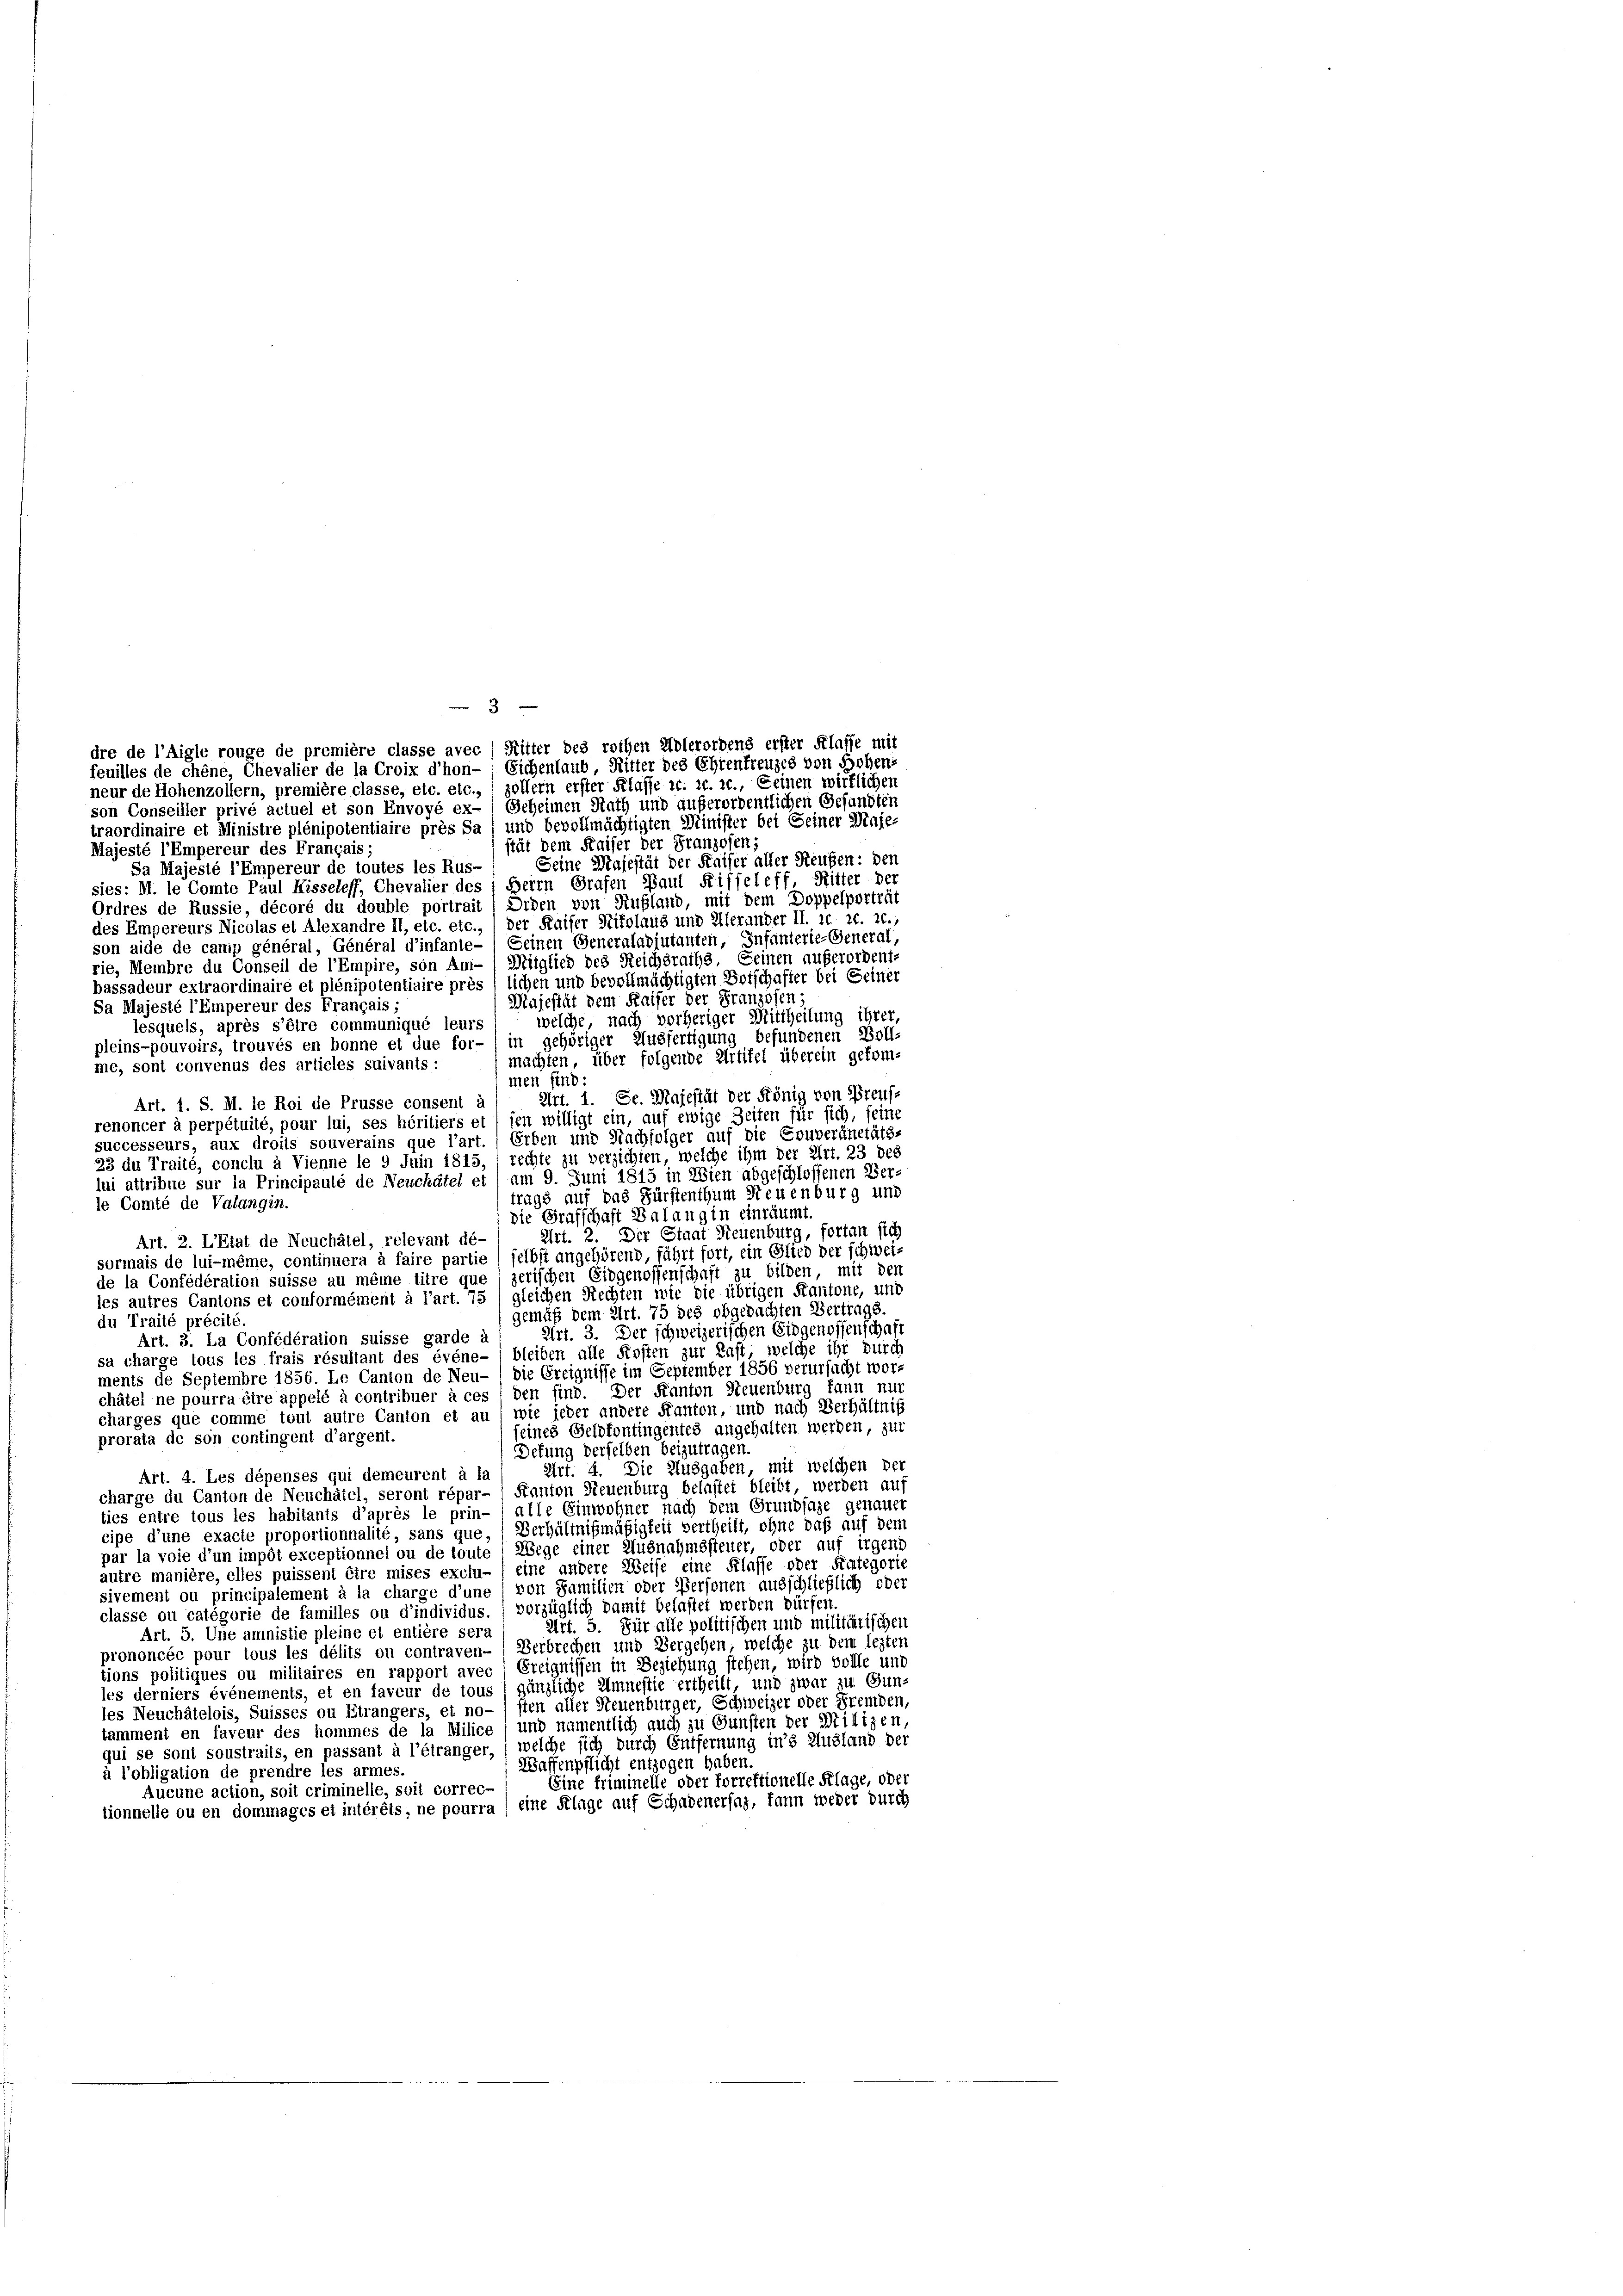
son Conseiller privé actuel et son Envoyé ex- / Geheimen Rath und außerordentlichen Gesundten
traordinaire et Ministre plénipotentiaire près Sa) und bevollmächtigten Minister bei Seiner Maje
stät dem Kaiser der Franzosen;
Majesté l’Empereur des Français
Seine Majestät der Kaiser aller Reugen: den
Sa Majesté l’Empereur de toutes les Rus-
sies: M. le Comte Paul Hisseleff, Chevalier des 1 Herrn Grafen Paul Riffeleff, Ritter der
Ordres de Russie, décoré du double portrait) Orden von Rußland, mit dem Doppelporträt
des Empereurs Nicolas et Alexandre II, etc. etc.,) der Kaiser Stifolaus und Allerander II. 20 rt. 2.,
son aide de canip général, Général d’infante- Seinen Generaladjutanten, Infanterie-General-
rie, Membre du Conseil de l’Empire, son Am- (Mitglied des Reichsraths. Seinen außerordent.
bassadeur extraordinaire et plénipotentiaire près lichen und bevollmächtigten Botschafter bei Seiner
Majestät dem Kaiser der Franzosen,
Sa Majesté l’Empereur des Français;
welche, nach vorheriger Mittheilung ihrer,
lesquels, après s’être communiqué leurs
pleins-pouvoirs, trouvés en bonne et due for- ) in gehöriger Ausfertigung befundenen Voll-
machten, über folgende Artikel überein gekom-
me, sont convenus des articles suivants:
men sind:
Art. 1. Se. Majestät der König von Preuss
Art. 1. S. M. le Roi de Prüsse consent à
renoncer à perpétuité, pour lui, ses héritiers et sen willigt ein, auf ewige Zeiten für sich, seine
successeurs, aux droits souverains que l’art. Erben und Nachfolger auf die Couveränetäts-
23 du Traité, conclu à Vienne le 9 Juin 1815, rechte zu verzichten, welche ihm der Art. 23 des
lui attribue sur la Principauté de Neuchâtel et / am 9. Juni 1815 in Wien abgeschlossenen Ver-
trags auf das Fürstenthum Neuenburg und
le Comté de Valangin.
die Grafschaft Balang in einräumt.
Art. 2. Der Staat Neuenburg, fortan sich
Art. 2. L’Etat de Neuchâtel, relevant dé-
sormais de lui-même, continuera à faire partie selbst angehörend, führt fort, ein Glied der schwei-
de la Confédération suisse au même titre que ) zerischen Eidgenossenschaft zu bilden, mit den
les autres Cantons et conformément à l’art. 75 ; gleichen Rechten wie die übrigen Kantone, und
gemäß dem Art. 75 des obgedachten Vertrags.
du Traité précité.
Art. 3. Der schweizerischen Eidgenossenschaft
Art. 3. La Confédération suisse garde a
sa charge tous les frais résultant des événe- (bleiben alle Kosten zur Last, welche ihr durch
ments de Septembre 1856. Le Canton de Neu- ) die Greignisse im September 1856 verursacht worchâtel ne pourra éire appelé à contribuer à ces den sind. Der Kanton Steuenburg kann nur
charges que comme tout autre Canton et au / wie jeder andere Kanton, und nach Verhältniß
seines Geldfontingentes angehalten werden, zur
prorata de son contingent d’argent.
Defung derselben beizutragen.
Art. 4. Die Ausgaben, mit welchen der
Art. 4. Les dépenses qui demeurent à la
charge du Canton de Neuchâtel, seront répar- / Kanton Neuenburg belastet bleibt, werden auf
ties entre tous les habitants d’après le prin-  alle Einwohner nach dem Grundsaze genauer
cipe d’une exacte proportionnalité, sans que, (Verhältnißmäßigkeit vertheilt, ohne das auf dem
par la voie d’un impôt exceptionnel ou de toute : Wege einer Ausnahmssteuer, oder auf irgend
autre manière, elles puissent être mises exclu- / eine andere Weise eine Klasse oder Kategorie
sivement ou principalement à la charge d’une / von Familien oder Personen ausschließlich oder
classe ou categorie de familles ou d’individus. ( vorzüglich damit belastet werden dürfen
Art. 5. Für alle politischen und militätischen
Art. 5. Une amnistie pleine et entière sera
prononcée pour tous les délits ou contraven- Verbrechen und Vergehen, welche zu dem lezten
tions politiques ou militaires en rapport avec / Ereignissen in Beziehung stehen, wird volle und
les derniers événements, et en faveur de tous l gänzliche Amnestie ertheilt, und zwar zu Gun-
les Neuchâtelois, Suisses ou Etrangers, et no- / sten aller Neuenburger, Schweizer oder Fremden,
tamment en faveur des hommes de la Milice ; und namentlich auch zu Gunsten der Milizen
qui se sont soustraits, en passant à l’étranger, welche sich durch Entfernung in’s Ausland der
Waffenpflicht entzogen haben.
à l’obligation de prendre les armes.
Eine friminelle oder forrektionelle Klage, oder
Aucune action, soit criminelle, soit correc-
tionnelle ou en dommages et intérêts, ne pourra eine Klage auf Schadenersaz, kann weder durch

dre de l’Aigle rouge de première classe avec ) Mitter des rothen Adlerordens erster Klasse mit
feuilles de chöne, Chevalier de la Croix d’hon-/ Eichenlaub, Ritter des Ehrentreuzes von Hohen-
neur de Hohenzollern, première classe, etc. etc., sollern erster Klasse ic. c. c., Seinen wirklichen